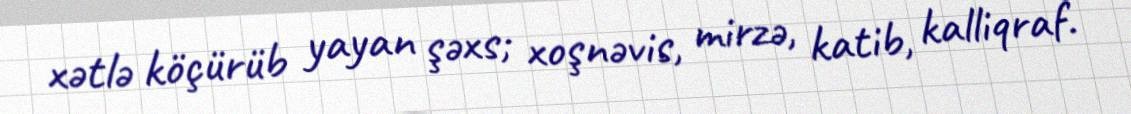
xətlə köçürüb yayan şəxs; xoşnəvis, mirzə, katib, kalliqraf.